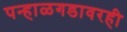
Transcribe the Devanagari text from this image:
पन्हाळगडावरही